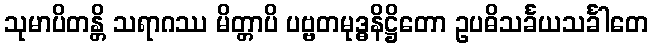
သုမာပိတန္တိ သရာဂဿ မိတ္တာပိ ပဗ္ဗတမုဒ္ဓနိဋ္ဌိတော ဥပဓိသင်္ခယသင်္ခါတေ